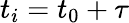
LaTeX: t_{i}=t_{0}+\tau